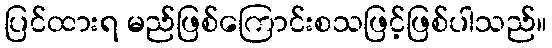
ပြင်ထားရ မည်ဖြစ်ကြောင်းစသဖြင့်ဖြစ်ပါသည်။